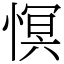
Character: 慏